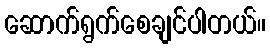
ဆောက်ရွက်စေချင်ပါတယ်။